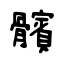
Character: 髕